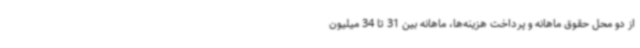
از دو محل حقوق ماهانه و پرداخت هزینه‌ها، ماهانه بین 31 تا 34 میلیون